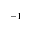
^ { - 1 }